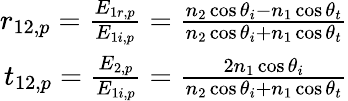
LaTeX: \begin{array}{r}{r_{12,p}=\frac{E_{1r,p}}{E_{1i,p}}=\frac{n_{2}\cos\theta_{i}-n_{1}\cos\theta_{t}}{n_{2}\cos\theta_{i}+n_{1}\cos\theta_{t}}}\\ {t_{12,p}=\frac{E_{2,p}}{E_{1i,p}}=\frac{2n_{1}\cos\theta_{i}}{n_{2}\cos\theta_{i}+n_{1}\cos\theta_{t}}}\end{array}